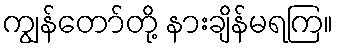
ကျွန်တော်တို့ နားချိန်မရကြ။